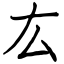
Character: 厷